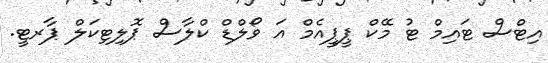
އިޓްސް ޓައިމް ޓު މޭކް ޕީޕީއެމް އަ ވޯލްޑް ކްލާސް ޕޮލިޓިކަލް ޕާރޓީ.